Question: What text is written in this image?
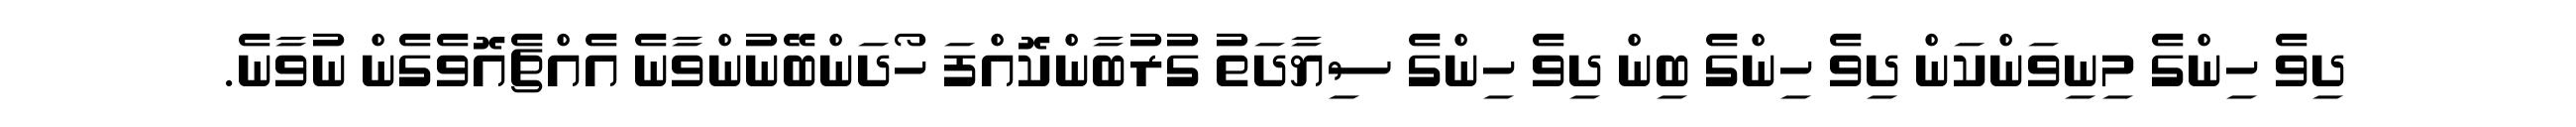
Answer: ދިވެ ހިންގެ މިނިވަންކަން ދިވެ ހިންގެ ބިން ދިވެ ހިންގެ ސިޔާދަތު ގުރުބާންކޮއްފަ ހޯދަންބޭނުންވާނެ އެއްޗެއޮވެގެން ނުވާނެ.